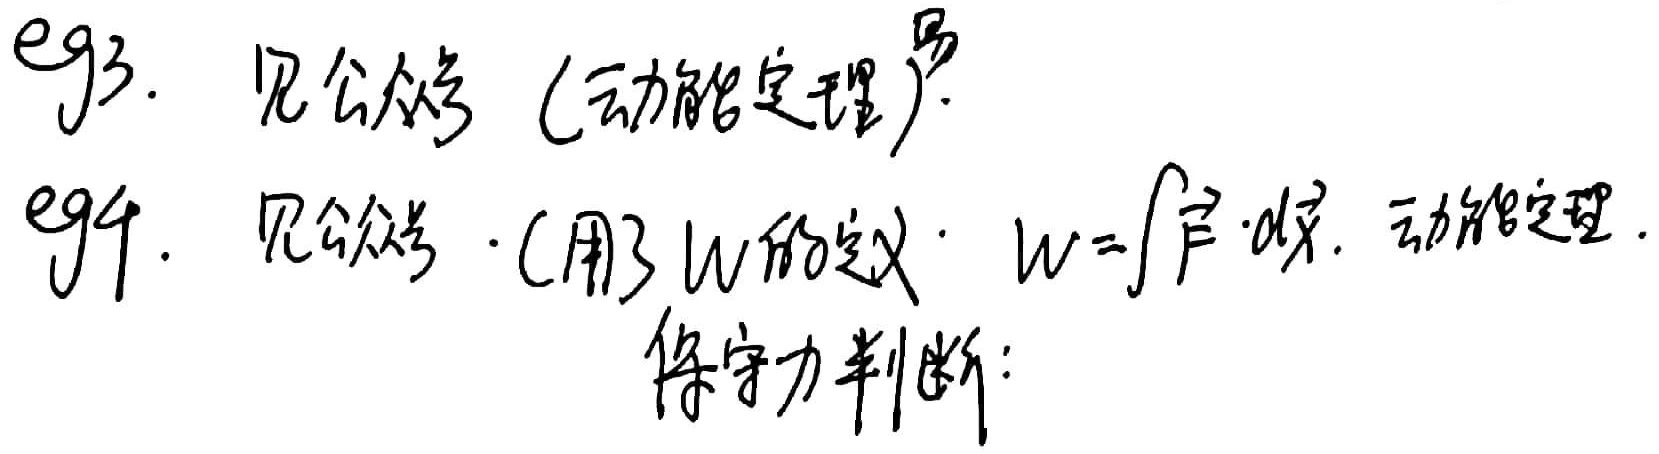
eg3. 见公众号（动能定理）.eg4. 见公众号. (用了$W$的定义：$W = \int\vec{F}\cdot d\vec{x}$. 动能定理.保守力判断：